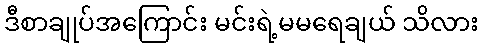
ဒီစာချုပ်အကြောင်း မင်းရဲ့မမရေချယ် သိလား